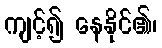
ကျင့်၍ နေနိုင်၏၊